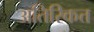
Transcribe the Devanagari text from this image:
अतिरिकत्त